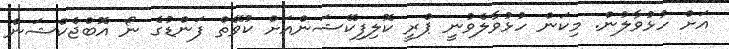
އަށް ހުޅުވާލުން. މިކަން ހުޅުވާލެވުނީ ޕްރީ ކޮލިފިކޭޝަންއަށް ކުވޭތް ފަންޑުގެ ނޯ އޮބްޖެކްޝަން